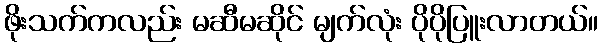
ဖိုးသက်ကလည်း မဆီမဆိုင် မျက်လုံး ပိုပိုပြူးလာတယ်။